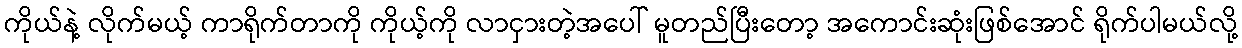
ကိုယ်နဲ့ လိုက်မယ့် ကာရိုက်တာကို ကိုယ့်ကို လာငှားတဲ့အပေါ် မူတည်ပြီးတော့ အကောင်းဆုံးဖြစ်အောင် ရိုက်ပါမယ်လို့